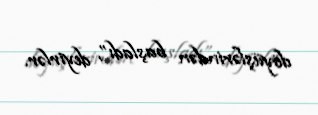
döyüşlərindən başladı”, deyirlər.